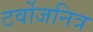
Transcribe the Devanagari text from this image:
टर्वोजनित्र